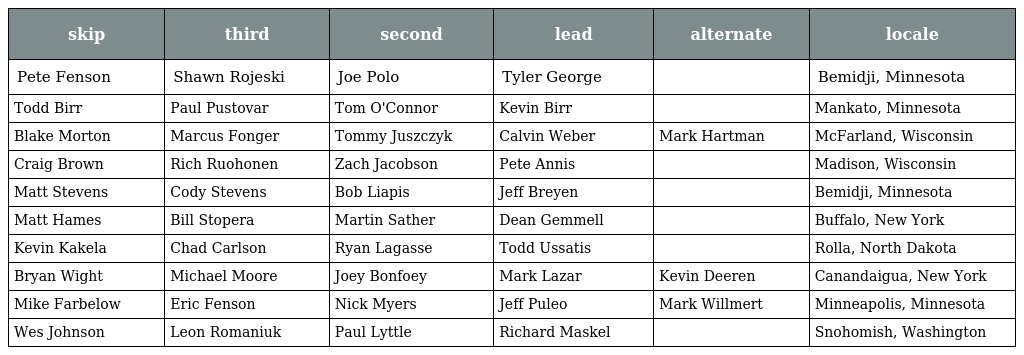
| skip | third | second | lead | alternate | locale |
 | --- | --- | --- | --- | --- | --- |
 | Pete Fenson | Shawn Rojeski | Joe Polo | Tyler George |  | Bemidji, Minnesota |
 | Todd Birr | Paul Pustovar | Tom O'Connor | Kevin Birr |  | Mankato, Minnesota |
 | Blake Morton | Marcus Fonger | Tommy Juszczyk | Calvin Weber | Mark Hartman | McFarland, Wisconsin |
 | Craig Brown | Rich Ruohonen | Zach Jacobson | Pete Annis |  | Madison, Wisconsin |
 | Matt Stevens | Cody Stevens | Bob Liapis | Jeff Breyen |  | Bemidji, Minnesota |
 | Matt Hames | Bill Stopera | Martin Sather | Dean Gemmell |  | Buffalo, New York |
 | Kevin Kakela | Chad Carlson | Ryan Lagasse | Todd Ussatis |  | Rolla, North Dakota |
 | Bryan Wight | Michael Moore | Joey Bonfoey | Mark Lazar | Kevin Deeren | Canandaigua, New York |
 | Mike Farbelow | Eric Fenson | Nick Myers | Jeff Puleo | Mark Willmert | Minneapolis, Minnesota |
 | Wes Johnson | Leon Romaniuk | Paul Lyttle | Richard Maskel |  | Snohomish, Washington |